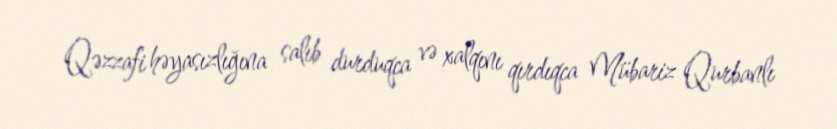
Qəzzafi həyasızlığına salıb durduqca və xalqını qırdıqca Mübariz Qurbanlı